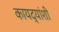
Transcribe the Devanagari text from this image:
कायद्यांशी